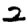
Digit: 2